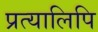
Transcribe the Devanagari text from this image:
प्रत्यालिपि